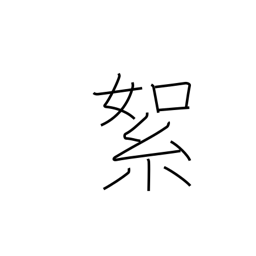
Meaning: cotton